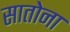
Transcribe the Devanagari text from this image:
सातोना